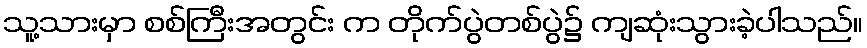
သူ့သားမှာ စစ်ကြီးအတွင်း က တိုက်ပွဲတစ်ပွဲ၌ ကျဆုံးသွားခဲ့ပါသည်။